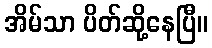
အိမ်သာ ပိတ်ဆို့နေပြီ။